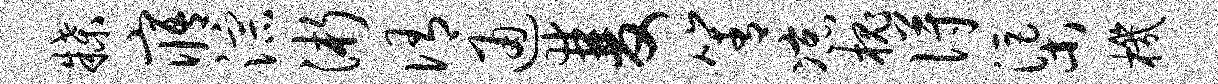
牒寤淙浙侑通双箐凉槐得渠机